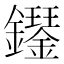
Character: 𫓝